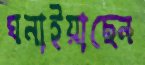
ঘনাইয়াছেন